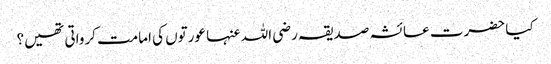
کیا حضرت عائشہ صدیقہ رضی اللہ عنہا عورتوں کی امامت کرواتی تھیں؟